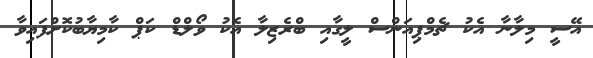
އޭސީ މިލާނާ އެކު ޗެމްޕިއަންސް ލީގާއި ބްރެޒިލާ އެކު ވޯލްޑް ކަޕް ކާމިޔާބުކޮށްފައިވާ